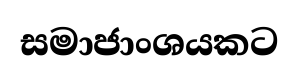
සමාජාංශයකට